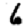
Digit: 6